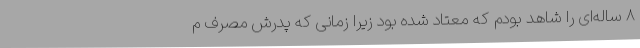
۸ ساله‌ای را شاهد بودم که معتاد شده بود زیرا زمانی که پدرش مصرف م